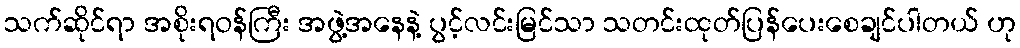
သက်ဆိုင်ရာ အစိုးရဝန်ကြီး အဖွဲ့အနေနဲ့ ပွင့်လင်းမြင်သာ သတင်းထုတ်ပြန်ပေးစေချင်ပါတယ် ဟု